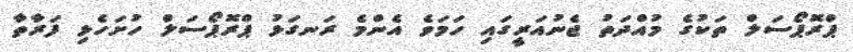
ޕްރޮޕޯސަލް ތަކުގެ މުއްދަތު ޖެނުއަރީގައި ހަމަވެ އެންމެ ރަނގަޅު ޕްރޮޕޯސަލް ހުށަހެޅި ފަރާތާ